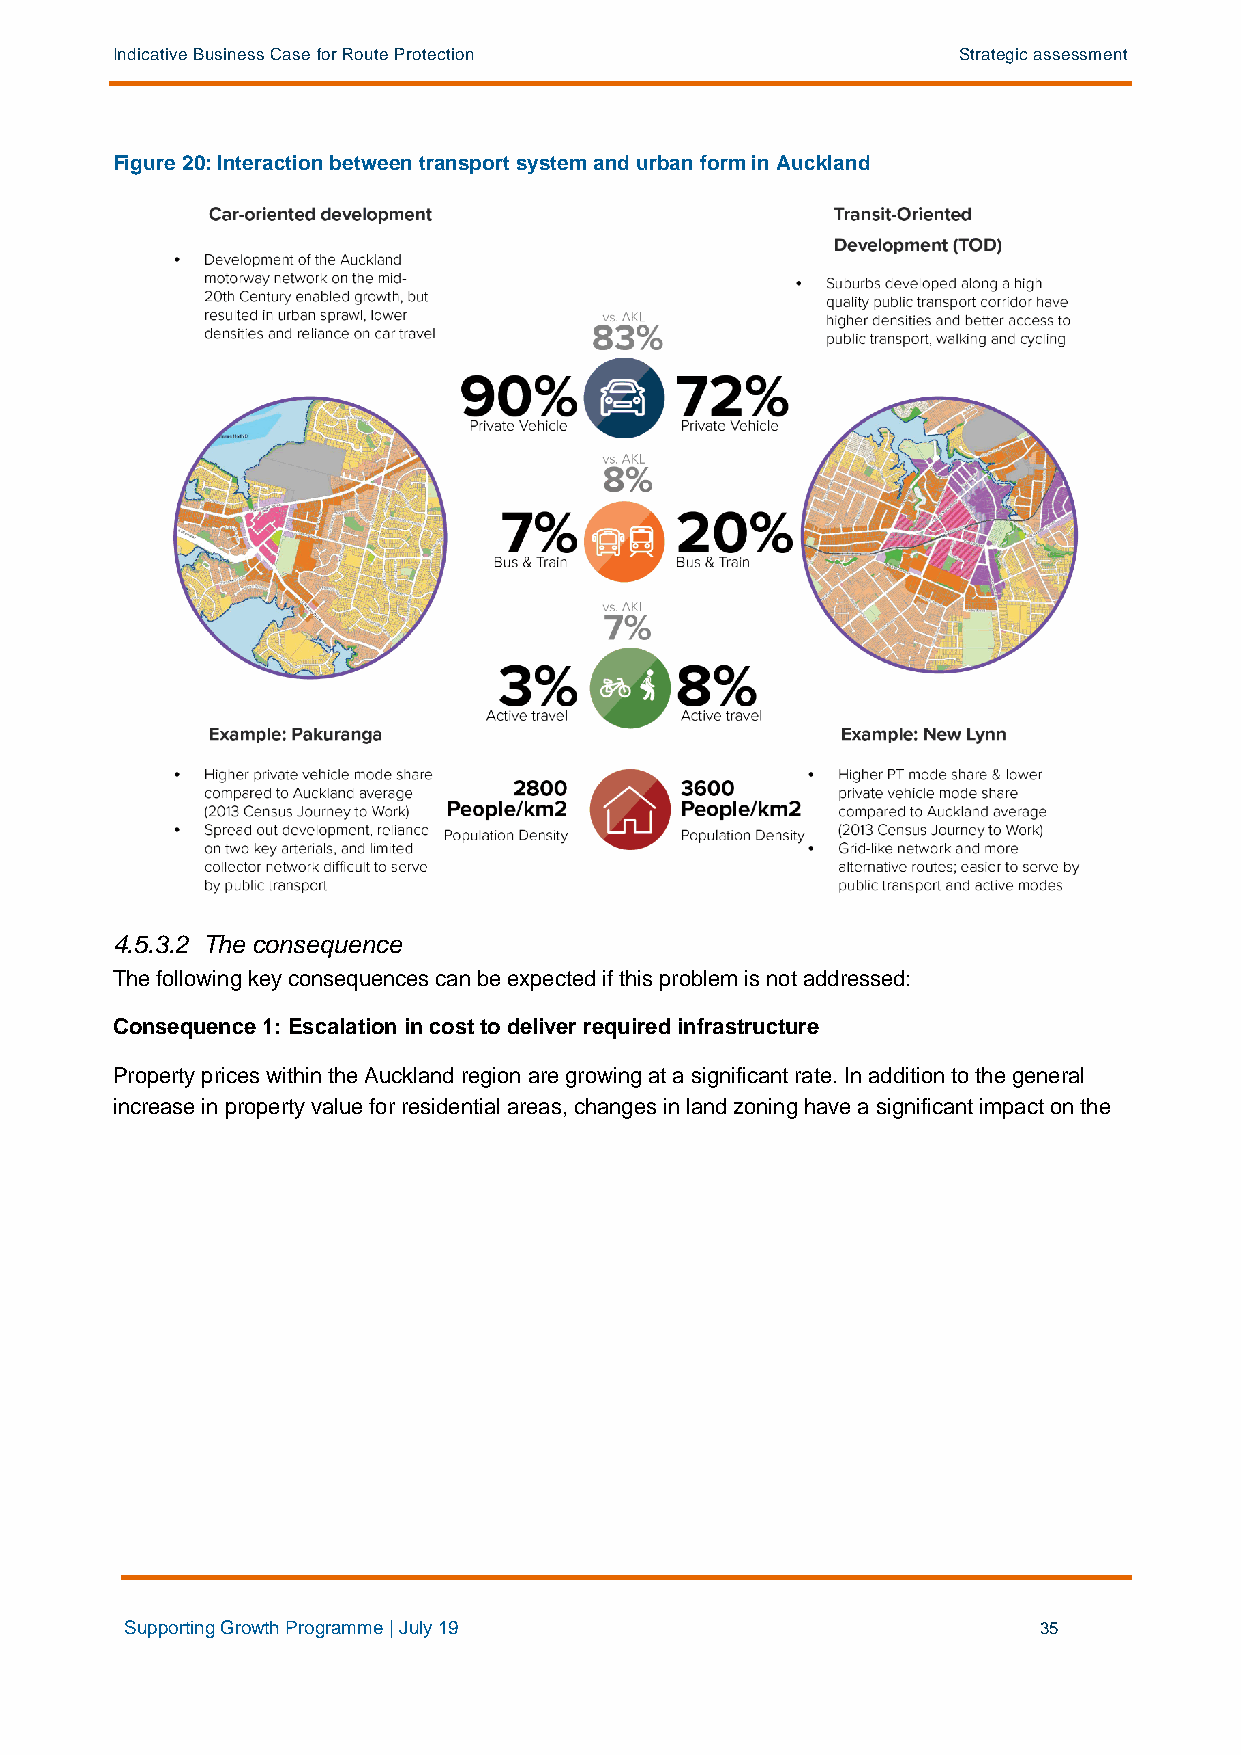
Indicative Business Case for Route Protection           Strategic assessment
 Figure 20: Interaction between transport system and urban form in Auckland
 4.5.3.2 The consequence
 The following key consequences can be expected if this problem is not addressed:
 Consequence 1: Escalation in cost to deliver required infrastructure
 Property prices within the Auckland region are growing at a significant rate. In addition to the general
 increase in property value for residential areas, changes in land zoning have a significant impact on the
 Supporting Growth Programme | July 19                        35